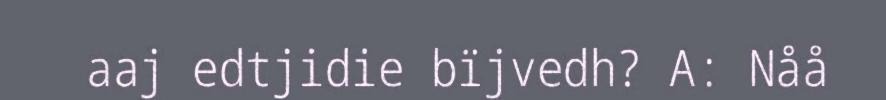
aaj edtjidie bïjvedh? A: Nåå